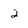
Character: 2